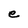
Character: e